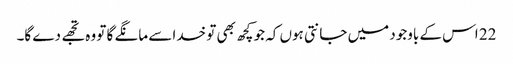
22 اس کے باوجود میں جانتی ہوں کہ جو کچھ بھی تو خدا سے مانگے گا تو وہ تجھے دے گا۔